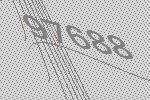
97688